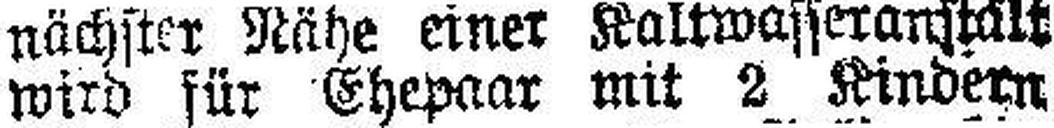
wird für Ehepaar mit 2 Kindern